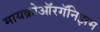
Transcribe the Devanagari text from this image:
मायक्रोऑरगॅनिझम